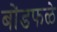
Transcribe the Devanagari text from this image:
बोंडफळे